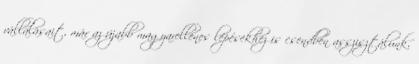
vállalásait, már az újabb magyarellenes lépésekhez is csendben asszisztálunk,